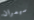
سيمران